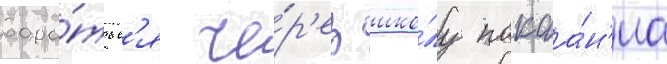
боро́тьс'я че́р'ез шко́лу покаа́н'иа